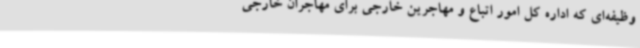
وظیفه‌ای که اداره کل امور اتباع و مهاجرین خارجی برای مهاجران خارجی